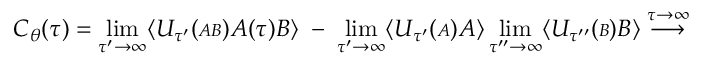
C _ { \theta } ( \tau ) = \operatorname * { l i m } _ { \tau ^ { \prime } \rightarrow \infty } \langle { \cal U } _ { \tau ^ { \prime } } ( { \scriptstyle { \cal A B } } ) { \cal A } ( \tau ) { \cal B } \rangle \; - \; \operatorname * { l i m } _ { \tau ^ { \prime } \rightarrow \infty } \langle { \cal U } _ { \tau ^ { \prime } } ( { \scriptstyle { \cal A } } ) { \cal A } \rangle \operatorname * { l i m } _ { \tau ^ { \prime \prime } \rightarrow \infty } \langle { \cal U } _ { \tau ^ { \prime \prime } } ( { \scriptstyle { \cal B } } ) { \cal B } \rangle \stackrel { \tau \rightarrow \infty } { \longrightarrow }